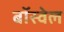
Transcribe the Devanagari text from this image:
बॉस्वेल